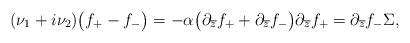
LaTeX: \begin{align*}(\nu_1 + i \nu_2) \big( f_{+} - f_{-} \big) = - \alpha\big( \partial_{\overline{z}} f_{+} + \partial_{\overline{z}} f_{-} \big) \partial_{\overline{z}} f_{+} = \partial_{\overline{z}} f_{-} \Sigma,\end{align*}